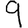
Digit: 9